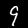
Label: 9